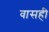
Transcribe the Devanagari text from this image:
वासही